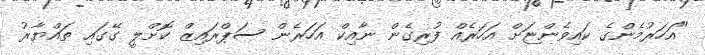
"އަހަރުމެންގެ ކައިވެންޏަށް އަހަރެއް ފުރިގެން ނާއިކް އަހަރެން ސަޕްރައިޒް ކޮށްލީ ގޭގައި ތައްޔާރު